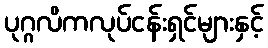
ပုဂ္ဂလိကလုပ်ငန်းရှင်များနှင့်